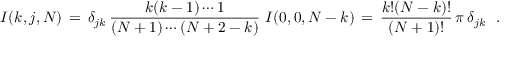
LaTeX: I ( k , j , N ) \, = \, \delta _ { j k } \, \frac { k ( k - 1 ) \cdots 1 } { ( N + 1 ) \cdots ( N + 2 - k ) } \ I ( 0 , 0 , N - k ) \, = \, \frac { k ! ( N - k ) ! } { ( N + 1 ) ! } \, \pi \, \delta _ { j k } \ \ .